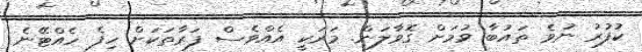
ކުފުރު ނުވެ ތައުބާ ވުމަށް ގޮވާލަން. މަރަކީ އެއްވެސް ފަރާތަކަށް ހިފެ ހެއްޓޭނެ